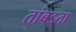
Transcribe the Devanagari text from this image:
तांबड्ता